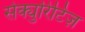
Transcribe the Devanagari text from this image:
सेक्युरिटिज़